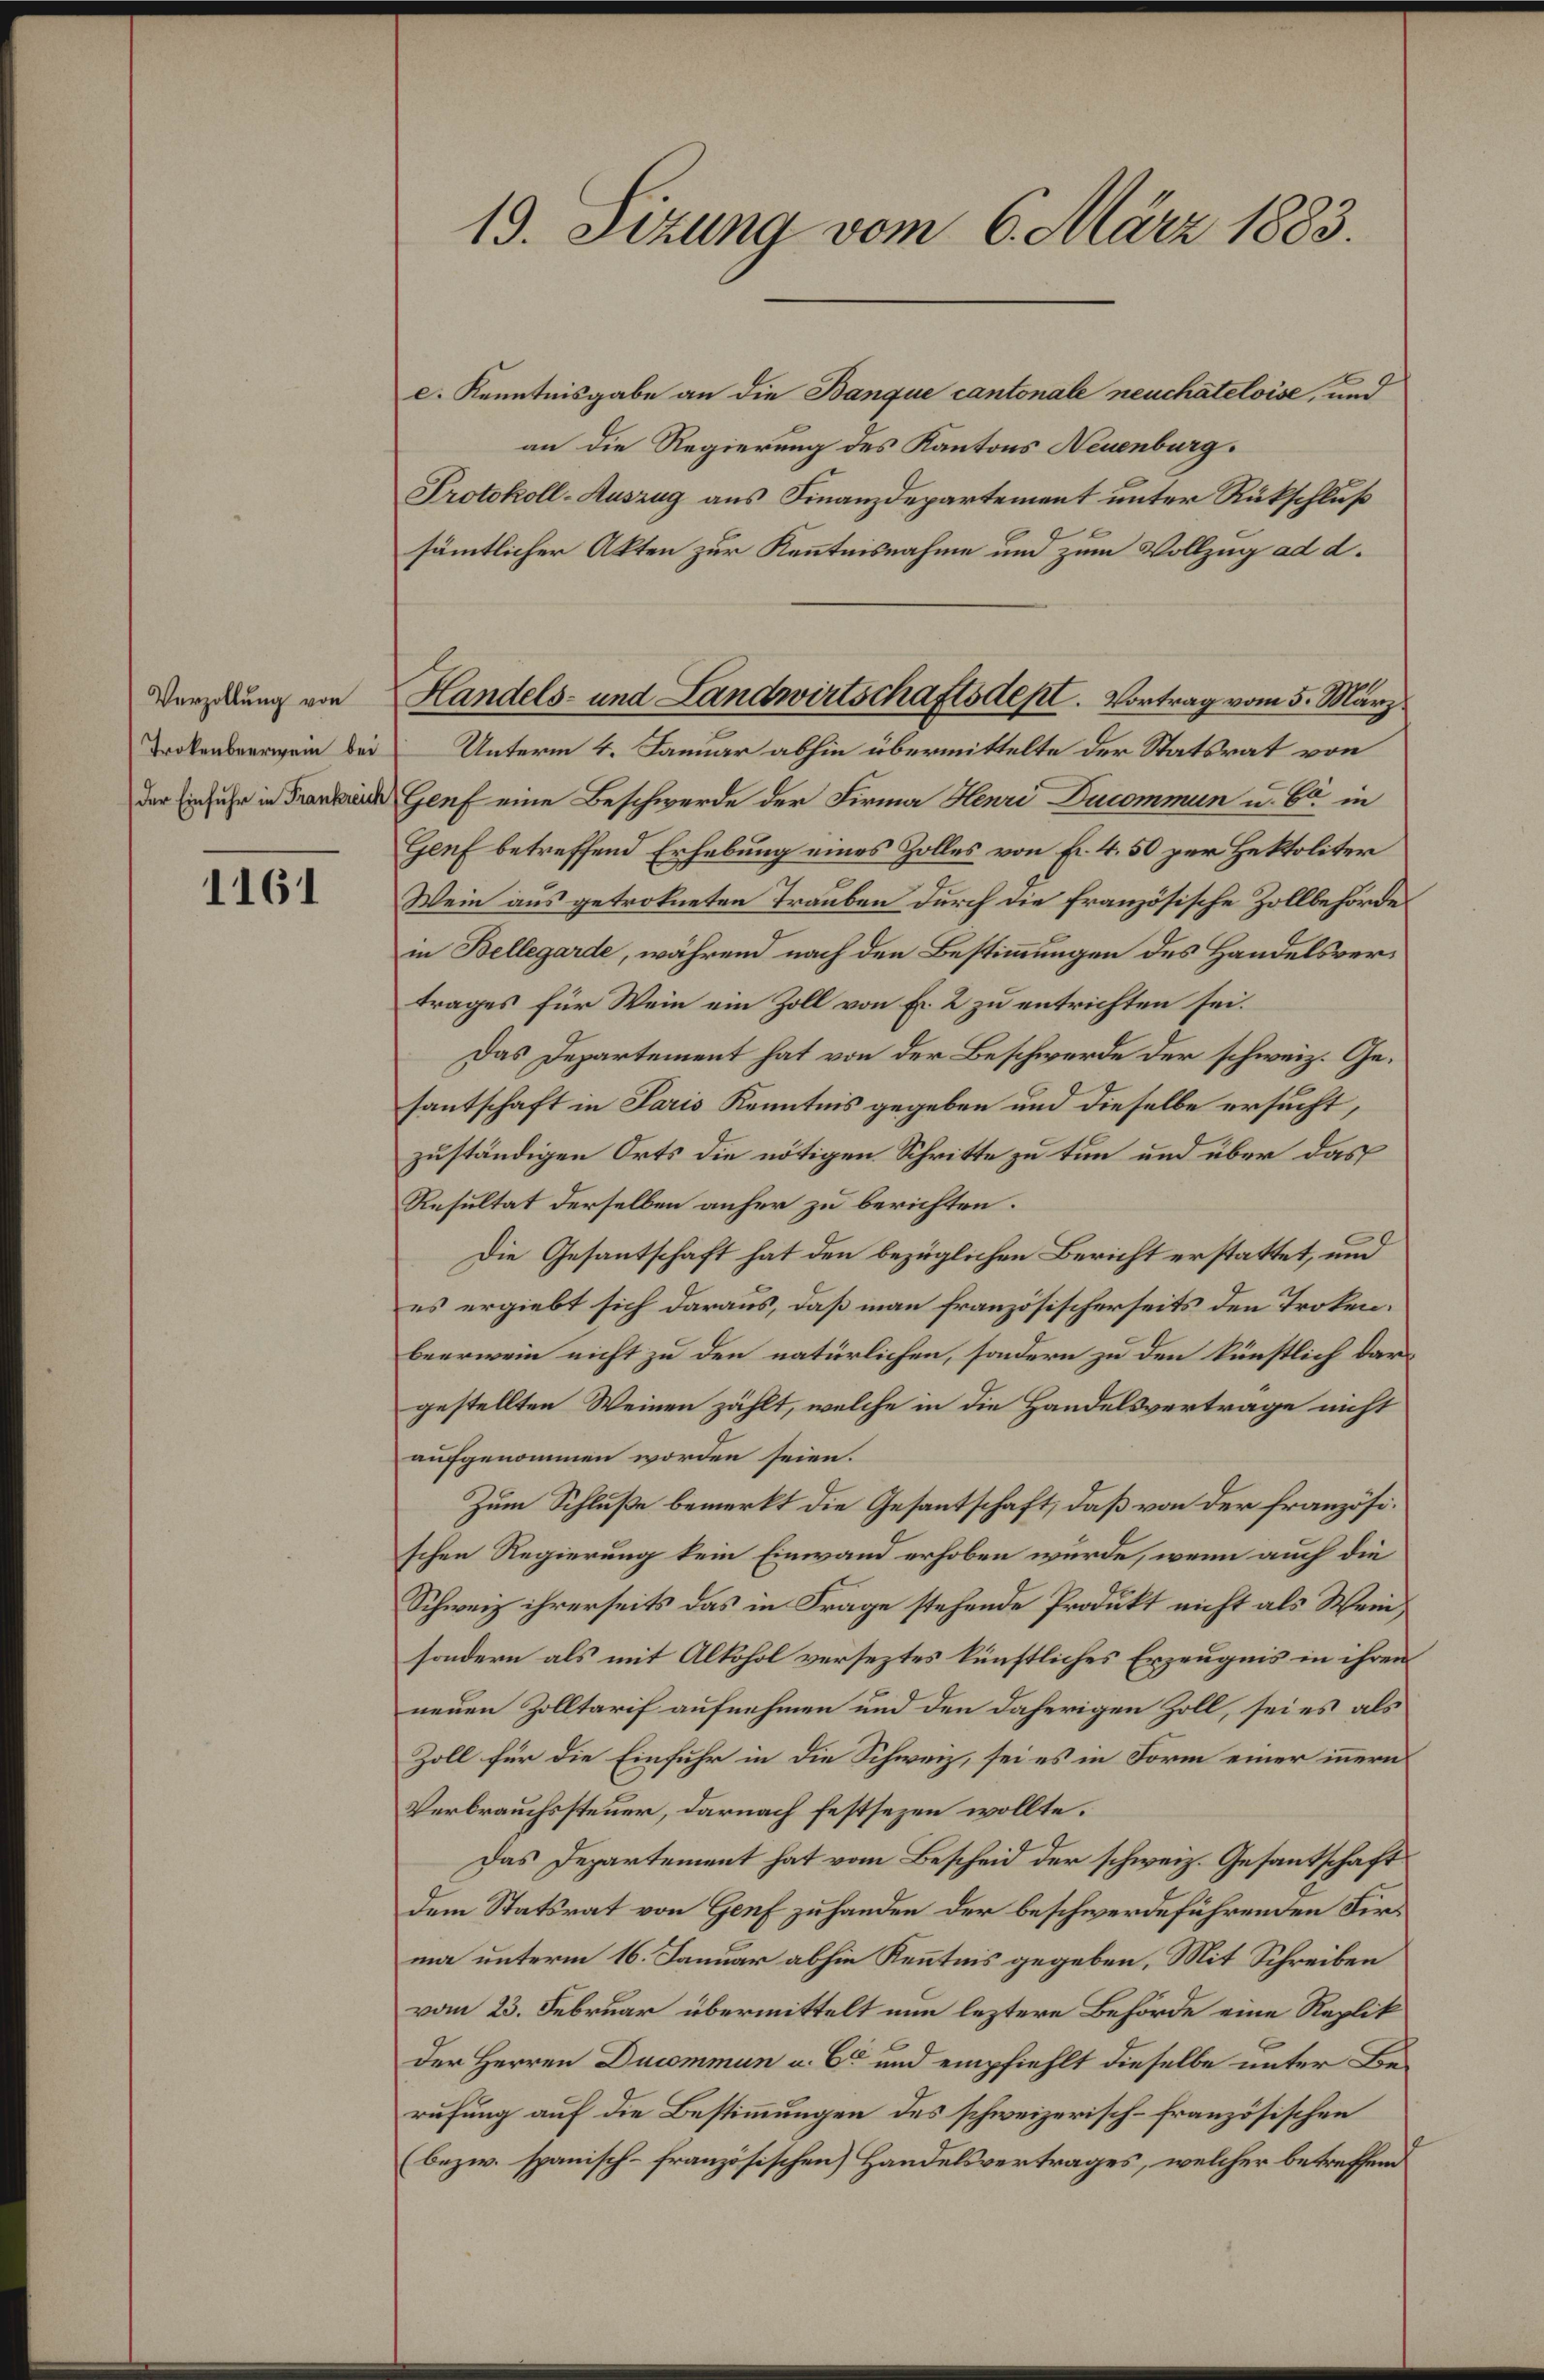
Verzollung von
Trokenbeerwein bei
der Einfuhr in Frankreich

1161

13. Sizung vom 6. März 1883.

c. Kenntnisgabe an die Banque cantonale neuchâteloise, und
an die Regierung des Kantons Neuenburg.
Protokoll-Auszug aus Finanzdepartement unter Rückschluß
sämmtlicher Akten zur Kenntnisnahme und zum Vollzug ad d.
Unterm 4. Januar abhin übermittelte der Statsrat von
Genf eine Beschwerde der Firma Henri Ducommun u. 60 in
Genf betreffend Erhebung eines Zolles von Fr. 4. 50 per Hektoliter
Wein aus getrokneten Trauben durch die französische Zollbehörde
in Bellegarde, während nach den Bestimmungen des Handelsvertrages für Wein ein Zoll von Fr. 2 zu entrichten sei.
Das Departement hat von der Beschwerde der schweiz. Gesantschaft in Paris Kenntnis gegeben und dieselbe ersucht,
zuständigen Orts die nötigen Schritte zu tun und über das
Resultat derselben anher zu berichten.
Die Gesantschaft hat den bezüglichen Bericht erstattet, und
es ergiebt sich daraus, daß man französischerseits den Trokenbeerwein nicht zu den natürlichen, sondern zu den künstlich dar
gestellten Weinen zählt, welche in die Handelsvertrage nicht
aufgenommen worden seien.
Zum Schluße bemerkt die Gesantschaft, daß von der französischen Regierung kein Einwand erhoben würde, wenn auch die
Schweiz ihrerseits das in Frage stehende Produkt nicht als Weinsondern als mit Alkohol verseztes künstliches Erzeugnis in ihren
neuen Zolltarif aufnehmen und den daherigen Zoll, sei es als
Zoll für die Einfuhr in die Schweiz, sei es in Form einer innern
Verbrauchssteuer, darnach festsezen wollte.
Das Departement hat vom Bescheid der schweiz. Gesantschaft
dem Statsrat von Genf zuhanden der beschwerdeführenden Firma unterm 16. Januar abhin Kenntnis gegeben, Mit Schreiben
vom 23. Februar übermittelt nun leztere Behörde eine Replik
Der Herren Ducommun u. 6 und empfiehlt dieselbe unter Berufung auf die Bestimmungen des schweizerisch-französischen
(bezw. spanisch-französischen Handelsvertrages, welcher betreffend

Handels- und Landwirtschaftsdept. Vortrag vom 5. März